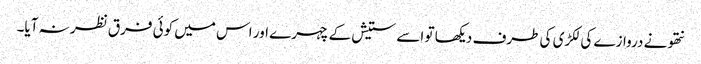
نتھو نے دروازے کی لکڑی کی طرف دیکھا تو اسے ستیش کے چہرے اور اس میں کوئی فرق نظر نہ آیا۔